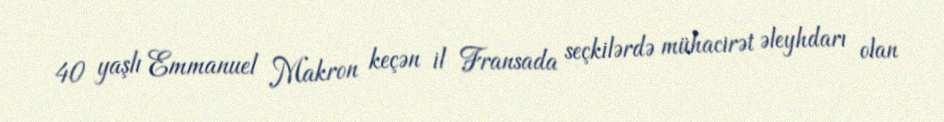
40 yaşlı Emmanuel Makron keçən il Fransada seçkilərdə mühacirət əleyhdarı olan